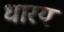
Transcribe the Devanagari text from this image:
धारय